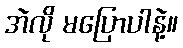
အဲလို မပြောပါနဲ့။